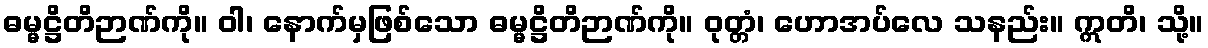
ဓမ္မဋ္ဌိတိဉာဏ်ကို။ ဝါ၊ နောက်မှဖြစ်သော ဓမ္မဋ္ဌိတိဉာဏ်ကို။ ဝုတ္တံ၊ ဟောအပ်လေ သနည်း။ ဣတိ၊ သို့။